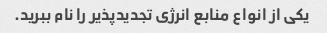
یکی از انواع منابع انرژی تجدیدپذیر را نام ببرید.